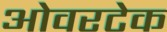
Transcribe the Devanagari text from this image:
ओवरटेक